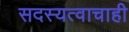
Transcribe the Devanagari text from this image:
सदस्यत्वाचाही